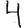
Digit: 4